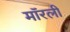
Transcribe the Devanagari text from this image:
मॉरली